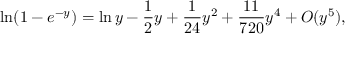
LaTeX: \ln ( 1 - e ^ { - y } ) = \ln y - \frac { 1 } { 2 } y + \frac { 1 } { 2 4 } y ^ { 2 } + \frac { 1 1 } { 7 2 0 } y ^ { 4 } + { \cal O } ( y ^ { 5 } ) ,